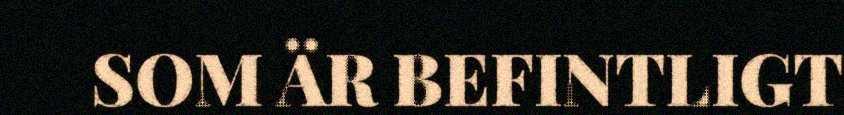
SOM ÄR BEFINTLIGT